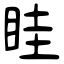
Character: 眭